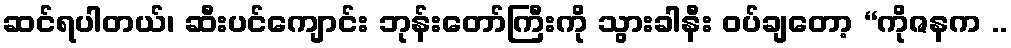
ဆင်ရပါတယ်၊ ဆီးပင်ကျောင်း ဘုန်းတော်ကြီးကို သွားခါနီး ဝပ်ချတော့ “ကိုဇနက ..